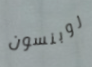
روبنسون